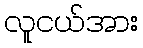
လူငယ်အား